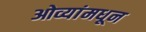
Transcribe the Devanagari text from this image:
ओव्यांमधून